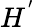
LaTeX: H^{'}